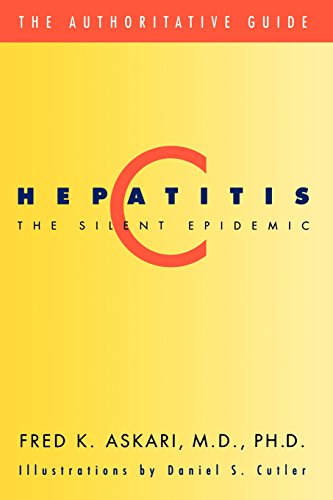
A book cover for Hepatitis C: The Silent Epidemic (Authoritative Guide); Fred Askari; Health, Fitness & Dieting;